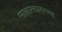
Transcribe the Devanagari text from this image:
साक्षात्काराच्या